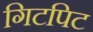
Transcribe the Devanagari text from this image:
गिटपिट